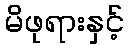
မိဖုရားနှင့်